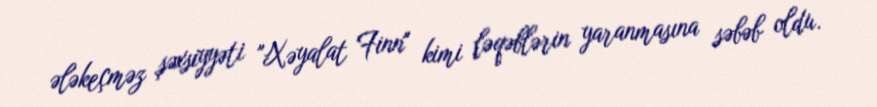
ələkeçməz şəxsiyyəti "Xəyalat Finn" kimi ləqəblərin yaranmasına səbəb oldu.